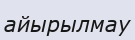
айырылмау